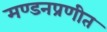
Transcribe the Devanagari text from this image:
मण्डनप्रणीत